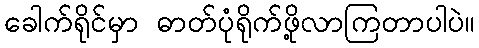
ခေါက်ရိုင်မှာ ဓာတ်ပုံရိုက်ဖို့လာကြတာပါပဲ။